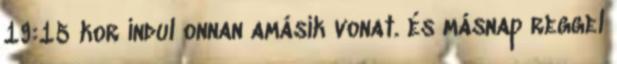
19:15 kor indul onnan amásik vonat. és másnap reggel